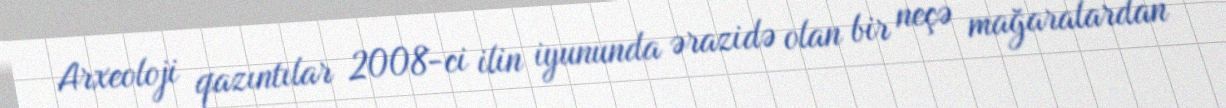
Arxeoloji qazıntılar 2008-ci ilin iyununda ərazidə olan bir neçə mağaralardan